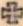
+